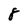
Character: 8